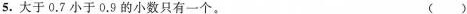
5.大于0.7小于0.9的小数只有一个。（）